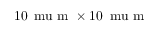
1 0 \, \mathrm { \ m u } \mathrm { ~ m ~ } \times 1 0 \, \mathrm { \ m u } \mathrm { ~ m ~ }